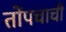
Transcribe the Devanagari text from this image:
तोंपचाची